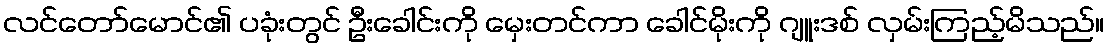
လင်တော်မောင်၏ ပခုံးတွင် ဦးခေါင်းကို မှေးတင်ကာ ခေါင်မိုးကို ဂျူးဒစ် လှမ်းကြည့်မိသည်။